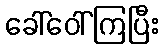
ခေါ်ဝေါ်ကြပြီး